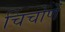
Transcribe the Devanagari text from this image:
चिंचोणें